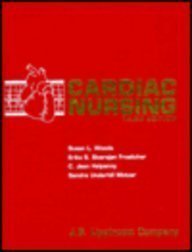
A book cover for Cardiac Nursing; Susan L. Woods; Medical Books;